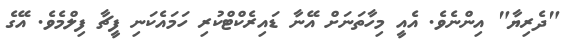
"ދެރިޔާ" އިންނެވެ. އެއީ މިހާތަނަށް އޭނާ ޑައިރެކްޓްކުރި ހަމައެކަނި ފީޗާ ފިލްމެވެ. އޭގެ